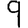
Digit: 9